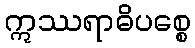
ဣဿရာဓိပစ္စေ